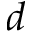
d